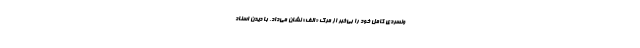
ونسردی کامل خود را بی‌خبر از مرگ «الف» نشان می‌داد، با دیدن اسناد